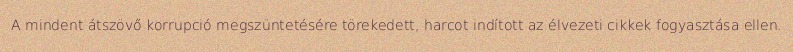
A mindent átszövő korrupció megszüntetésére törekedett, harcot indított az élvezeti cikkek fogyasztása ellen.